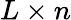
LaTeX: L\times n